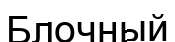
Блочный